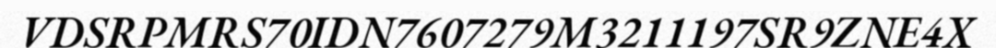
VDSRPMRS70IDN7607279M3211197SR9ZNE4X